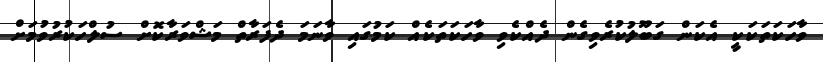
ވާހަކަތަކަކީ އެކަން ގަބޫލުކުރެވިގެން ދެއްކެވި ވާހަކަތަކެއް ކަމުގައި ވާނަމަ ދެފަރާތް މަޝްވަރާކޮށް ސުލްހަކުރުވުމަށް